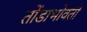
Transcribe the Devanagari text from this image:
तोंडाभोवती